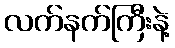
လက်နက်ကြီးနဲ့